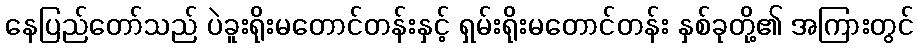
နေပြည်တော်သည် ပဲခူးရိုးမတောင်တန်းနှင့် ရှမ်းရိုးမတောင်တန်း နှစ်ခုတို့၏ အကြားတွင်